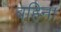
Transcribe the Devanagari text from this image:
बहिना